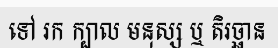
ទៅ រក ក្បាល មនុស្ស ឬ តិរច្ឆាន